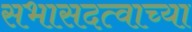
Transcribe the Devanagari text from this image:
सभासदत्वाच्या